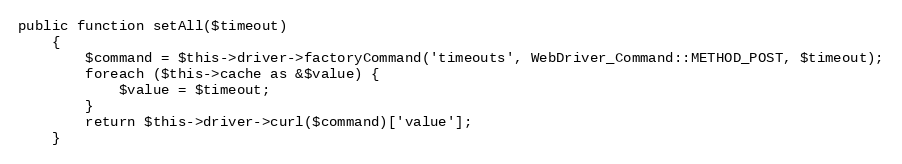
Language: PHP
public function setAll($timeout)
    {
        $command = $this->driver->factoryCommand('timeouts', WebDriver_Command::METHOD_POST, $timeout);
        foreach ($this->cache as &$value) {
            $value = $timeout;
        }
        return $this->driver->curl($command)['value'];
    }